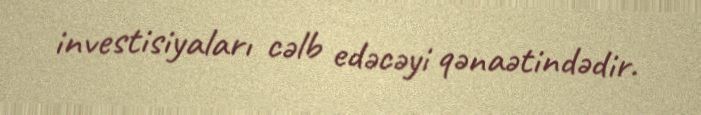
investisiyaları cəlb edəcəyi qənaətindədir.